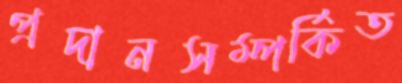
প্রদানসম্পর্কিত